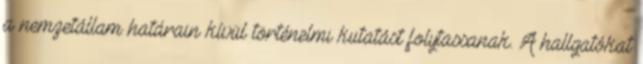
a nemzetállam határain kívül történelmi kutatást folytassanak. A hallgatókat